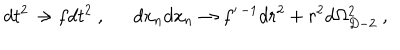
d t ^ { 2 } \to f d t ^ { 2 } \ , \ \ d x _ { n } d x _ { n } \to f ^ { \prime \, - 1 } d r ^ { 2 } + r ^ { 2 } d \Omega _ { D - 2 } ^ { 2 } \ ,